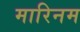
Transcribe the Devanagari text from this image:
मारिनम